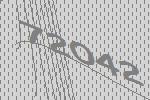
72042